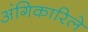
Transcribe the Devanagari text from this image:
अंगिकारिले